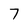
Character: 7